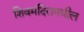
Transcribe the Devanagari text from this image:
शिवमंदिरामधील